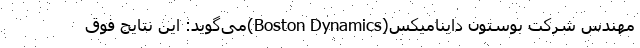
مهندس شرکت بوستون داینامیکس(Boston Dynamics)می‌گوید: این نتایج فوق